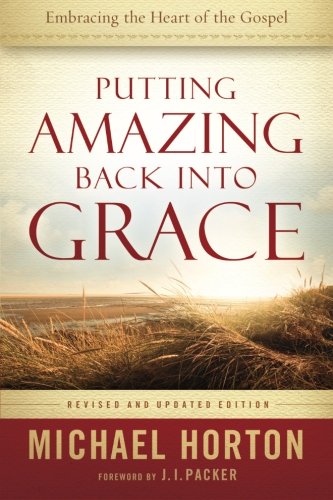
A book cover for Putting Amazing Back into Grace: Embracing the Heart of the Gospel; Michael Horton; Christian Books & Bibles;